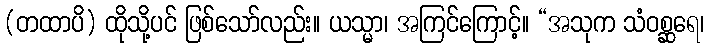
(တထာပိ) ထိုသို့ပင် ဖြစ်သော်လည်း။ ယသ္မာ၊ အကြင်ကြောင့်။ “အသုက သံဝစ္ဆရေ၊